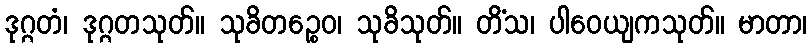
ဒုဂ္ဂတံ၊ ဒုဂ္ဂတသုတ်။ သုခိတဉ္စေဝ၊ သုခိသုတ်။ တိံသ၊ ပါဝေယျကသုတ်။ မာတာ၊